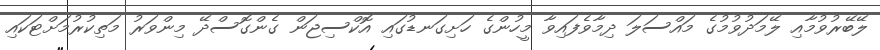
ލޭބޭރުވުމާއި ލޭމަދުވުމުގެ މައްސަލަ ދިމާވެފައިވާ މީހުންގެ ހަށިގަނޑުގައި އޮކްސިޖަން ގެންގޮސްދޭ މިންވަރު މަތިކުރުމަށްޓަކައި